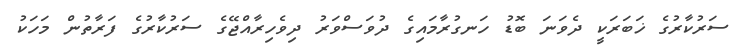
ސަރުކާރުގެ ޚަބަރަކީ ދެވަނަ ބޮޑު ހަނގުރާމައިގެ ދުވަސްވަރު ދިވެހިރާއްޖޭގެ ސަރުކާރުގެ ފަރާތުން މަހަކު